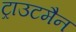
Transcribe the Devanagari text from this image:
ट्राउटमैन